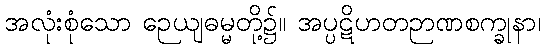
အလုံးစုံသော ဉေယျဓမ္မတို့၌။ အပ္ပဋိဟတဉာဏစက္ခုနာ၊